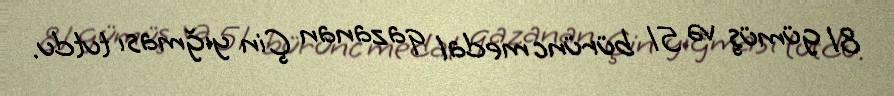
81 gümüş və 51 bürünc medal qazanan Çin yığması tutdu.